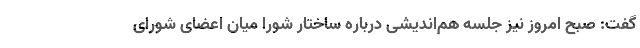
گفت: صبح امروز نیز جلسه هم‌اندیشی درباره ساختار شورا میان اعضای شورای